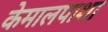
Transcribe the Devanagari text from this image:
केमालपाशा